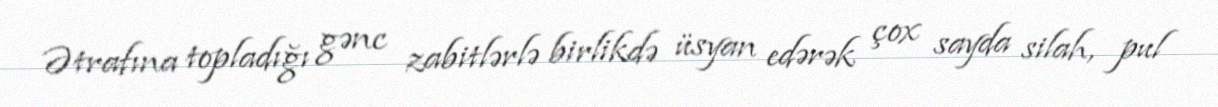
Ətrafına topladığı gənc zabitlərlə birlikdə üsyan edərək çox sayda silah, pul